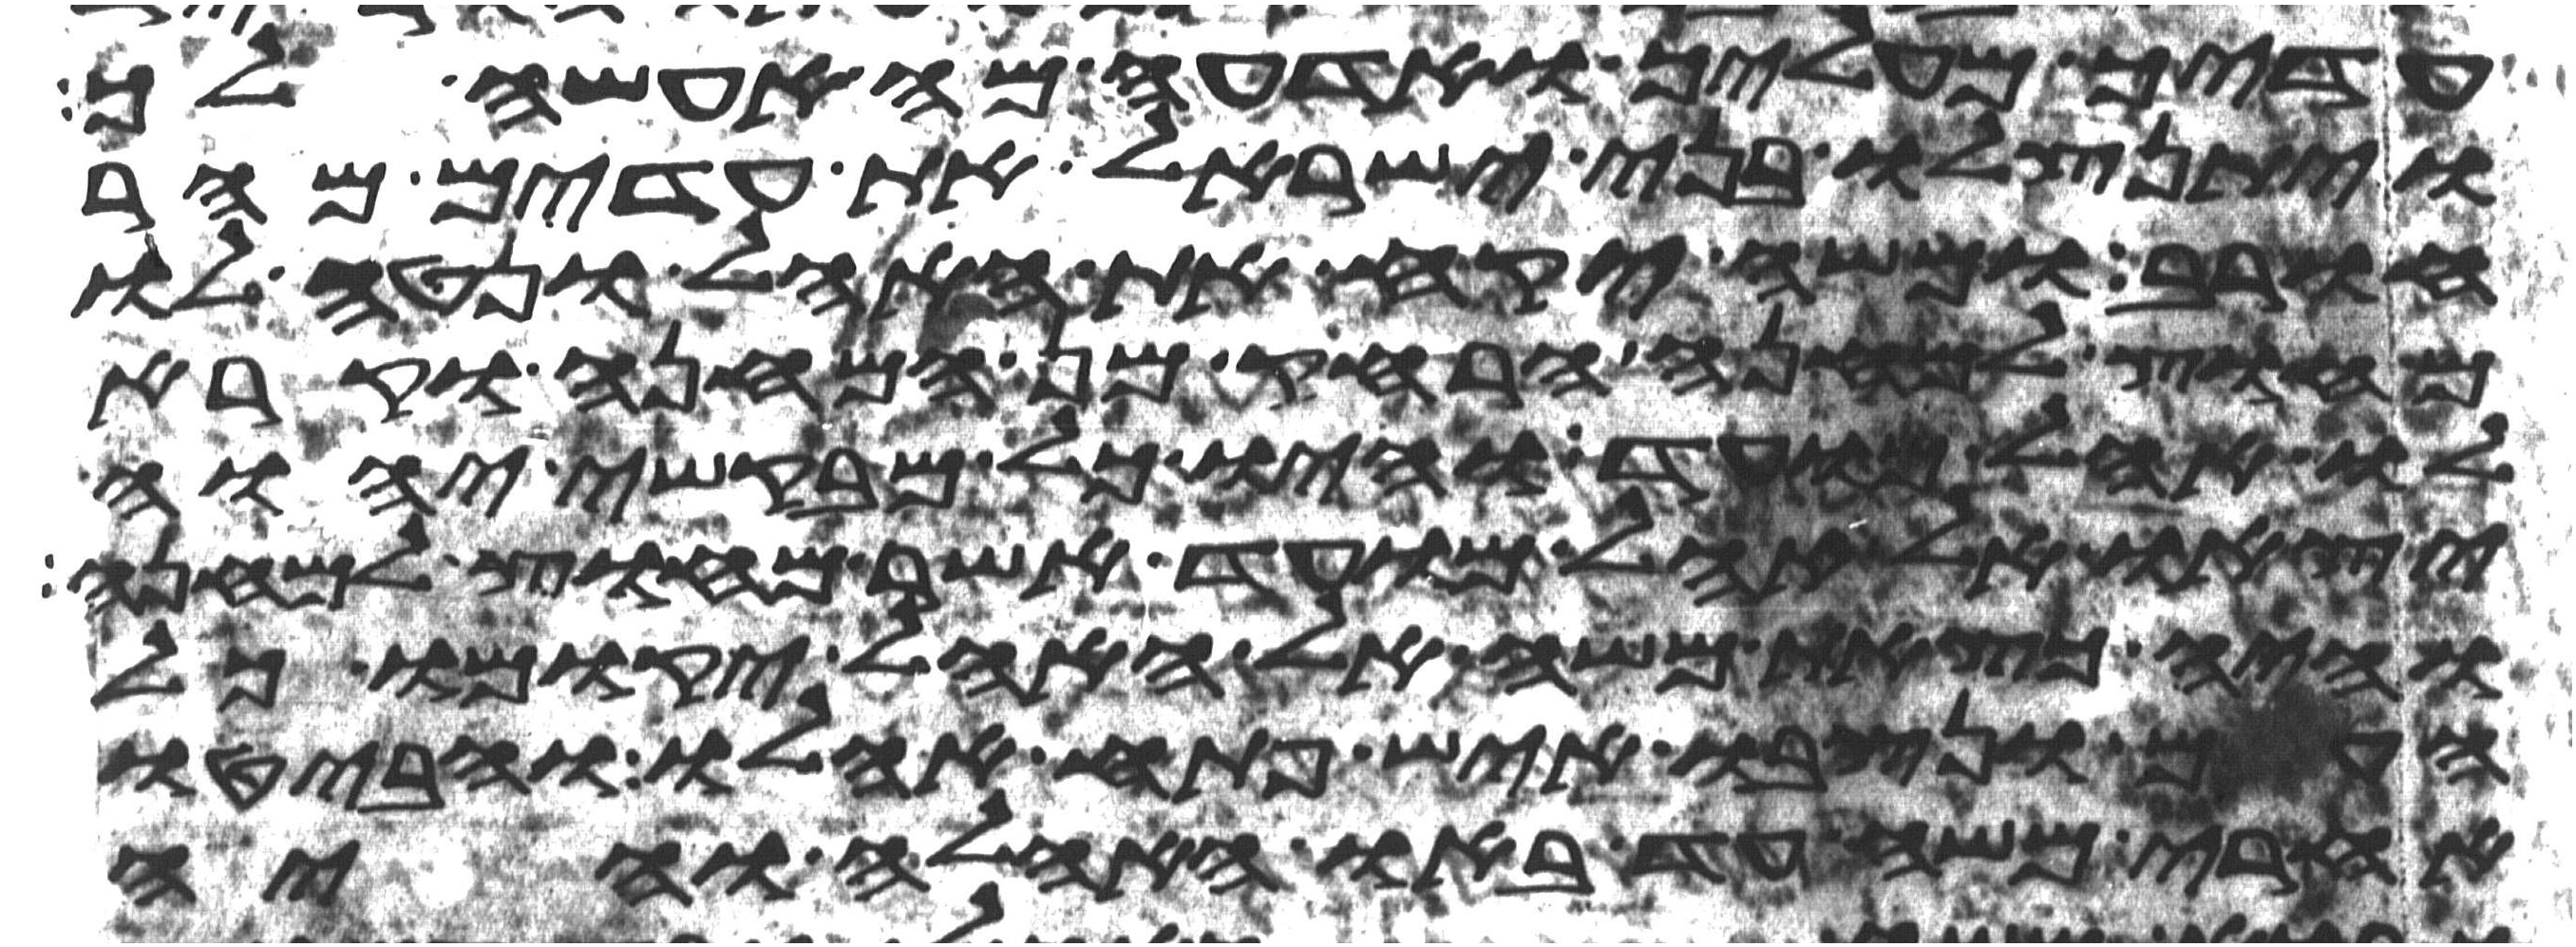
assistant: עדיך מעליך ואדעה מה אעשה לך
ויתנצלו בני ישראל את עדים מהר
חורב ומשה יקח את האהל ונטה לו
מחוץ למחנה הרחיק מן המחנה וקרא
לו אהל מועד והיו כל מבקשי יהוה
יצאו אל אהל מועד אשר מחוץ למחנה
והיה כצאת משה אל האהל יקומו כל
העם ונצבו איש פתח אהלו והביטו
אחרי משה עד באו האהלה והיה